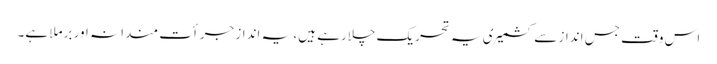
اس وقت جس انداز سے کشمیری یہ تحریک چلارہے ہیں، یہ انداز جرأت مندانہ اور برملا ہے۔